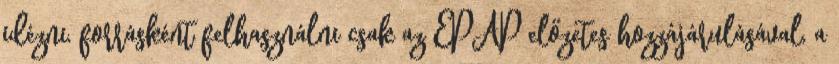
idézni, forrásként felhasználni csak az EPAP előzetes hozzájárulásával, a